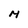
Character: M